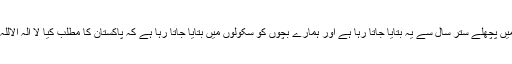
ہمیں پچھلے ستر سال سے یہ بتایا جاتا رہا ہے اور ہمارے بچوں کو سکولوں میں بتایا جاتا رہا ہے کہ پاکستان کا مطلب کیا لا الہ الاللہ ۔